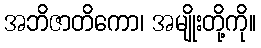
အဘိဇာတိကော၊ အမျိုးတို့ကို။